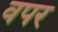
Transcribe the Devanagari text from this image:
वपर